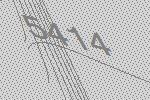
5414